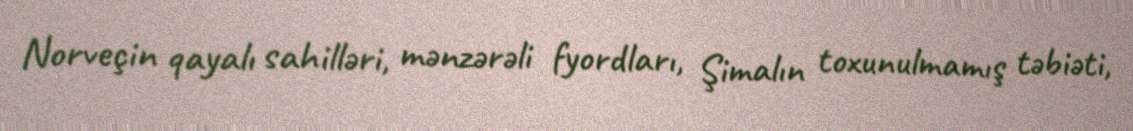
Norveçin qayalı sahilləri, mənzərəli fyordları, Şimalın toxunulmamış təbiəti,